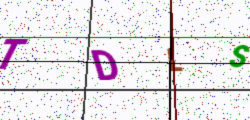
Text: TDLS